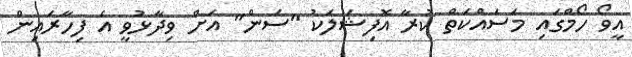
އީވޯ ހޯމްގައި މަސައްކަތް ކުރާ އޮފިޝަލަކު "ސަން" އަށް ވިދާޅުވީ އެ ފިހާރައިން